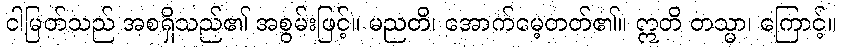
ငါမြတ်သည် အစရှိသည်၏ အစွမ်းဖြင့်။ မညတိ၊ အောက်မေ့တတ်၏။ ဣတိ တသ္မာ၊ ကြောင့်။